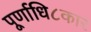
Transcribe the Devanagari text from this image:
पूर्णाधि८कार